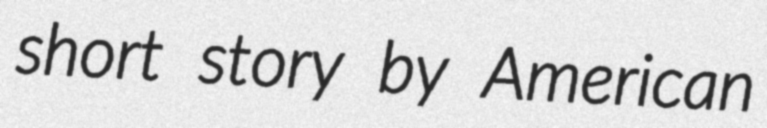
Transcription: short story by American